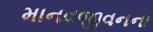
માનવજીવનના